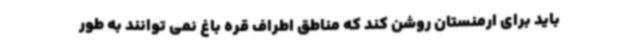
باید برای ارمنستان روشن کند که مناطق اطراف قره باغ نمی توانند به طور